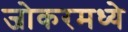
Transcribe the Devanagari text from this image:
जोकरमध्ये